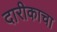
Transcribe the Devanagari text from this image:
दारीकाचा